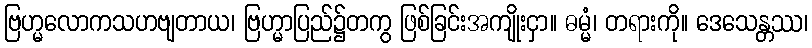
ဗြဟ္မလောကသဟဗျတာယ၊ ဗြဟ္မာပြည်၌တကွ ဖြစ်ခြင်းအကျိုးငှာ။ ဓမ္မံ၊ တရားကို။ ဒေသေန္တဿ၊